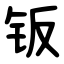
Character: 钣